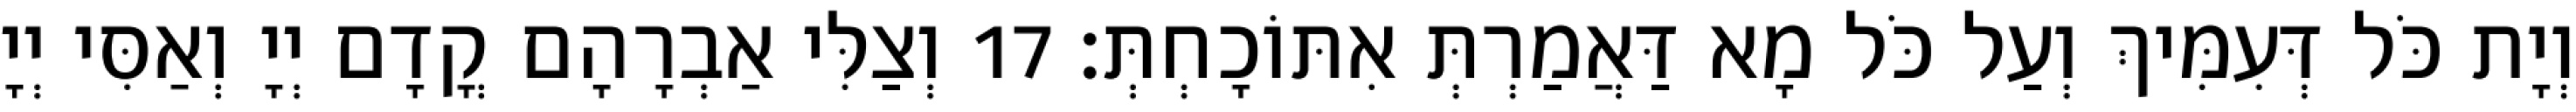
וְיָת כֹּל דְּעִמִּיךְ וְעַל כֹּל מָא דַּאֲמַרְתְּ אִתּוֹכָחְתְּ׃ 17 וְצַלִּי אַבְרָהָם קֳדָם יְיָ וְאַסִּי יְיָ